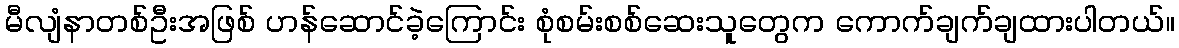
မီလျံနာတစ်ဦးအဖြစ် ဟန်ဆောင်ခဲ့ကြောင်း စုံစမ်းစစ်ဆေးသူတွေက ကောက်ချက်ချထားပါတယ်။